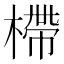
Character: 㯂